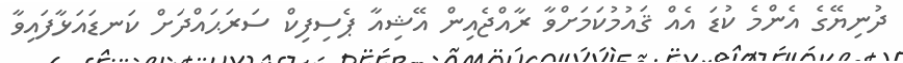
ދުނިޔޭގެ އެންމެ ކުޑަ އެއް ޤައުމުކަމަށްވާ ރާއްޖެއިން އޭޝިއާ ޕެސިފިކް ސަރަޙައްދަށް ކަނޑައަޅާފައިވާ